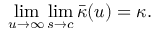
\operatorname* { l i m } _ { u \to \infty } \operatorname* { l i m } _ { s \to c } \bar { \kappa } ( u ) = \kappa .